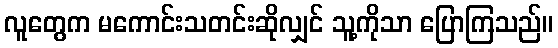
လူတွေက မကောင်းသတင်းဆိုလျှင် သူ့ကိုသာ ပြောကြသည်။